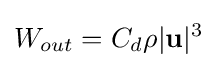
W_{out}=C_{d}\rho |\mathbf {u} |^{3}